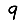
Digit: 9